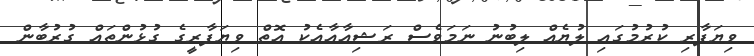
ވިޔަފާރި ކުރުމުގައި ލުޔެއް ލިބުނު ނަމަވެސް ރަޝިއާއާއެކު އޮތް ވިޔަފާރީގެ ގުޅުންތައް ގުރުބާން